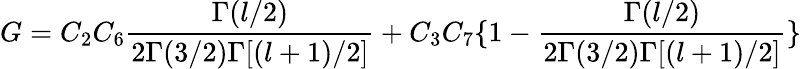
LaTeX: G=C_{2}C_{6}\frac{\Gamma(l/2)}{2\Gamma(3/2)\Gamma[(l+1)/2]}+C_{3}C_{7}\{ 1-\frac{\Gamma(l/2)}{2\Gamma(3/2)\Gamma[(l+1)/2]}\}